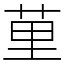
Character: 荲